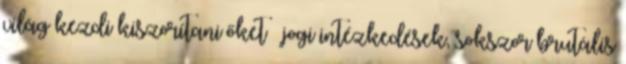
világ kezdi kiszorítani őket  jogi intézkedések, sokszor brutális